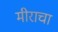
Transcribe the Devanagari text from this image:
मीराचा